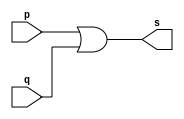
// --------------------- 
// Extra2.v - or 
// Nome: Gustavo Jota Resende 
// --------------------- 
// --------------------- 
// -- xor gate 
// --------------------- 
module orgate (output [0:3] s, 
input [0:3] p, 
input [0:3] q); 
assign s = p | q ; 
endmodule // or 
// --------------------- 
// -- test orgate 
// --------------------- 
module testorgate; 
// ------------------------- dados locais 
reg [0:3] a,b; // definir registrador 
wire [0:3] s; // definir conexao (fio) 
// ------------------------- instancia 
orgate OR1 (s, a, b); 
// ------------------------- preparacao 
initial begin:start 
a=4'b0011; // 4 valores binarios 
b=4'b0101; // 4 valores binarios 
end 
// ------------------------- parte principal 
initial begin:main 
$display("Extra2 - Gustavo Jota Resende - 427413"); 
$display("Test or gate"); 
$display("\n a ^ b = s\n"); 
$monitor("%b ^ %b = %b", a, b, s); 
#1 a=0; b=0; // valores decimais 
#1 a=4'b0010; b=4'b0001; // valores binarios 
#1 a=4'd1; b=3; // decimal e decimal 
#1 a=4'o5; b=2; // octal e decimal 
#1 a=4'hA; b=3; // hexadecimal e decimal 
#1 a=4'h9; b=4'o3; // hexadecimal e octal 
end 
endmodule // testorgate 

// 
// Versao Teste 
// 0.1 01. ( OK ) identificacao de programa 
// Resultados: 0011 ^ 0101 = 0111, 0000 ^ 0000 = 0000, 0010 ^ 0001 =  0011, 0001 ^ 0011 = 0011, 0101 ^ 0010 = 0111, 1010 ^ 0011 = 1011, 1001 ^ 0011 = 1011